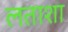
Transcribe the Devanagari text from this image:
लताशा